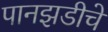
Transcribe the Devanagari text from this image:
पानझडीचे